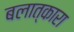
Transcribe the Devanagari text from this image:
बलात्कारा